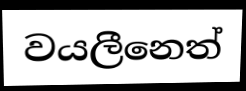
වයලීනෙත්